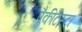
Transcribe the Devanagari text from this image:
पैकीटेस्टा